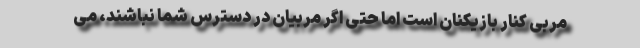
مربی کنار بازیکنان است اما حتی اگر مربیان در دسترس شما نباشند، می